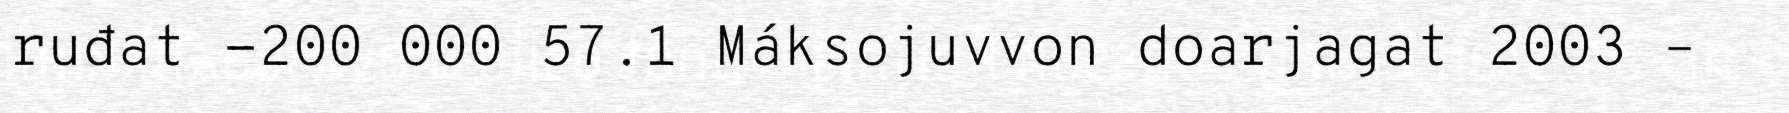
ruđat -200 000 57.1 Máksojuvvon doarjagat 2003 –